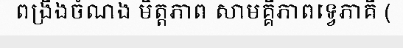
ពង្រឹងចំណង មិត្តភាព សាមគ្គីភាពទ្វេភាគី (